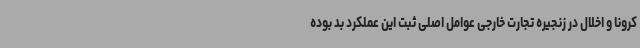
کرونا و اخلال در زنجیره تجارت خارجی عوامل اصلی ثبت این عملکرد بد بوده